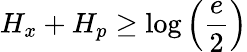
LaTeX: H_{x}+H_{p}\geq\log\left({\frac{e}{2}}\right)